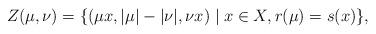
LaTeX: \begin{align*}Z(\mu, \nu)=\{(\mu x, |\mu|-|\nu|, \nu x) \mid x\in X, r(\mu)=s(x)\},\end{align*}